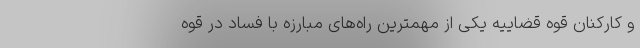
و کارکنان قوه قضاییه یکی از مهمترین راه‌های مبارزه با فساد در قوه